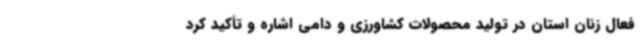
فعال زنان استان در تولید محصولات کشاورزی و دامی اشاره و تأکید کرد